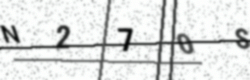
Text: N270S